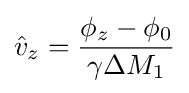
{\hat {v}}_{z}={\frac {\phi _{z}-\phi _{0}}{\gamma \Delta M_{1}}}